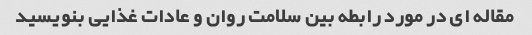
مقاله ای در مورد رابطه بین سلامت روان و عادات غذایی بنویسید